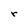
Character: r